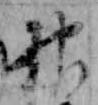
神